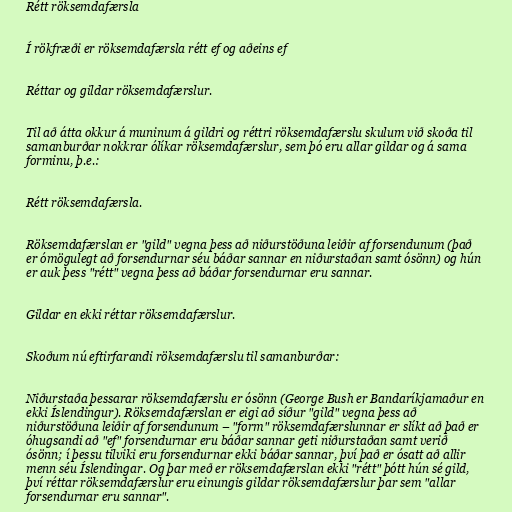
Rétt röksemdafærsla

Í rökfræði er röksemdafærsla rétt ef og aðeins ef

Réttar og gildar röksemdafærslur.

Til að átta okkur á muninum á gildri og réttri röksemdafærslu skulum við skoða til
samanburðar nokkrar ólíkar röksemdafærslur, sem þó eru allar gildar og á sama
forminu, þ.e.:

Rétt röksemdafærsla.

Röksemdafærslan er "gild" vegna þess að niðurstöðuna leiðir af forsendunum (það
er ómögulegt að forsendurnar séu báðar sannar en niðurstaðan samt ósönn) og hún
er auk þess "rétt" vegna þess að báðar forsendurnar eru sannar.

Gildar en ekki réttar röksemdafærslur.

Skoðum nú eftirfarandi röksemdafærslu til samanburðar:

Niðurstaða þessarar röksemdafærslu er ósönn (George Bush er Bandaríkjamaður en
ekki Íslendingur). Röksemdafærslan er eigi að síður "gild" vegna þess að
niðurstöðuna leiðir af forsendunum – "form" röksemdafærslunnar er slíkt að það er
óhugsandi að "ef" forsendurnar eru báðar sannar geti niðurstaðan samt verið
ósönn; í þessu tilviki eru forsendurnar ekki báðar sannar, því það er ósatt að allir
menn séu Íslendingar. Og þar með er röksemdafærslan ekki "rétt" þótt hún sé gild,
því réttar röksemdafærslur eru einungis gildar röksemdafærslur þar sem "allar
forsendurnar eru sannar".